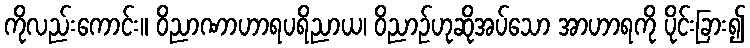
ကိုလည်းကောင်း။ ဝိညာဏာဟာရပရိညာယ၊ ဝိညာဉ်ဟုဆိုအပ်သော အာဟာရကို ပိုင်းခြား၍